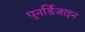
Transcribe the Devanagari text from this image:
पुनर्डिजाइन